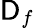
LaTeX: \mathsf{D}_{f}